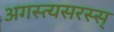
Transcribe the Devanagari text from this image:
अगस्त्यसरस्स्